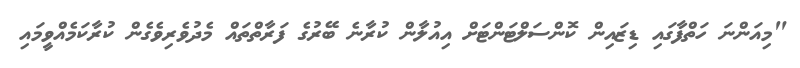
"މިއަންނަ ހަތްފާގައި ޑިޒައިން ކޮންސަލްޓަންޓަށް އިއުލާން ކުރާނެ ބޭރުގެ ފަރާތްތައް މެދުވެރިވެގެން ކުރާކަމެއްވީމައި